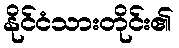
နိုင်ငံသားတိုင်း၏